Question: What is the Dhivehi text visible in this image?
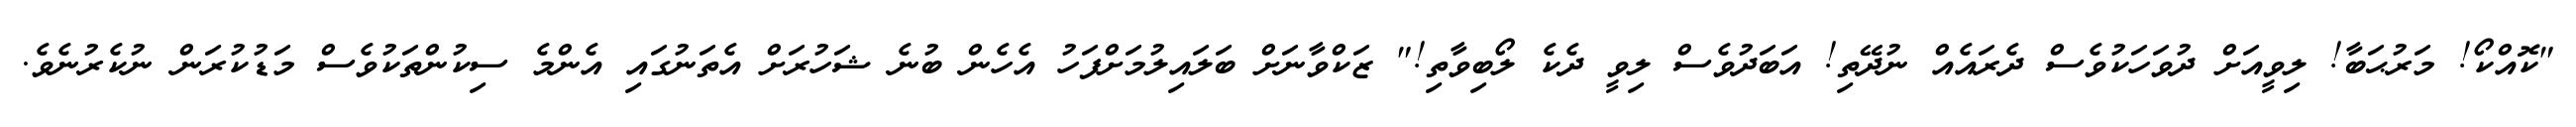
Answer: "ކޮއްކޯ! މަރުޙަބާ! ލިވީއަށް ދުވަހަކުވެސް ދެރައެއް ނުދޭތި! އަބަދުވެސް ލިވީ ދެކެ ލޯބިވާތި!" ޒަކްވާނަށް ބަލައިލުމަށްފަހު އެހެން ބުނެ ޝަހުރަށް އެތަނުގައި އެންމެ ސިކުންތަކުވެސް މަޑުކުރަން ނުކެރުނެވެ.